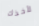
لأخذك